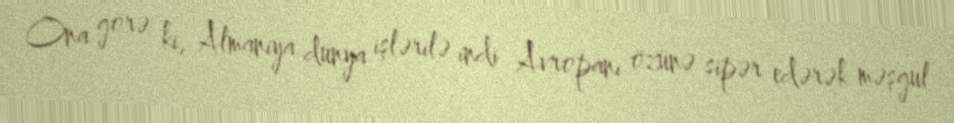
Ona görə ki, Almaniya dünya işlərilə indi Avropanı özünə sipər edərək məşgul